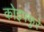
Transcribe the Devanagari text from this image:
कोइफ्फुरे